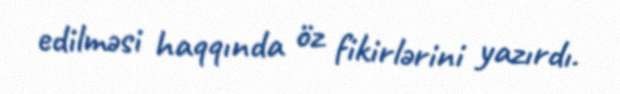
edilməsi haqqında öz fikirlərini yazırdı.